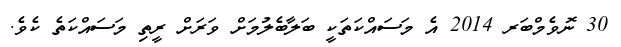
30 ނޮވެމްބަރ 2014 އެ މަސައްކަތަކީ ބަލާބެލުމަށް ވަރަށް ރީތި މަސައްކަތެ ކެވެ.